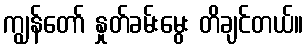
ကျွန်တော် နှုတ်ခမ်းမွေး တိချင်တယ်။